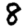
Digit: 8